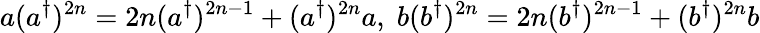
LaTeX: a(a^{\dagger})^{2n}=2n(a^{\dagger})^{2n-1}+(a^{\dagger})^{2n}a,\; b(b^{\dagger})^{2n}=2n(b^{\dagger})^{2n-1}+(b^{\dagger})^{2n}b